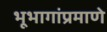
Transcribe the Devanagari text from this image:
भूभागांप्रमाणे